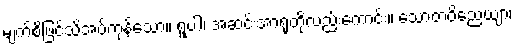
မျက်စိဖြင့်သိအပ်ကုန်သော။ ရူပါ၊ အဆင်းအာရုံတို့လည်းကောင်း။ သောတဝိညေယျာ၊